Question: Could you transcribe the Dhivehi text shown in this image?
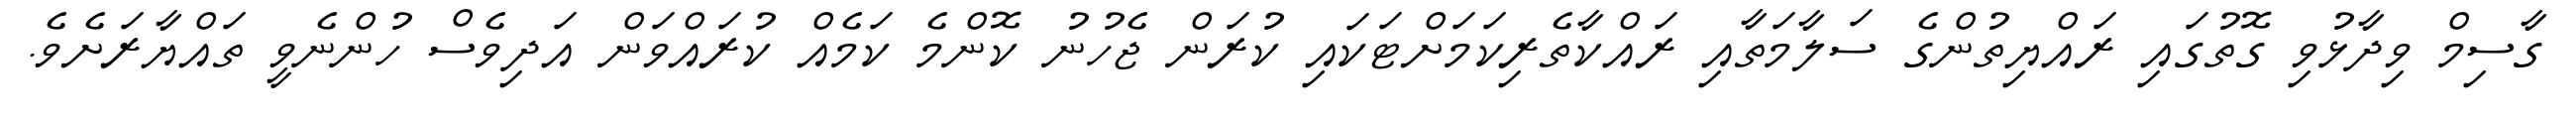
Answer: ގާސިމް ވިދާޅުވި ގޮތުގައި ރައްޔިތުންގެ ސަލާމަތާއި ރައްކާތެރިކަމަށްޓަކައި ކުރަން ޖެހުނު ކޮންމެ ކަމެއް ކުރައްވަން އަދިވެސް ހުންނެވީ ތައްޔާރަށެވެ.